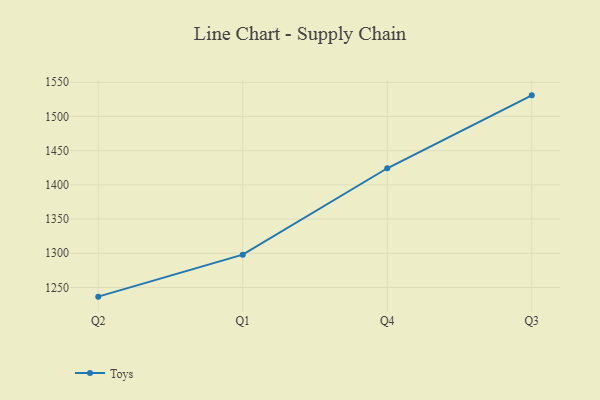
{"axis": {"x": "Quarter", "y": "Revenue (USD Million)"}, "legend": ["Toys"], "data": [{"x": "Q2", "y": 1236.6, "type": "Toys"}, {"x": "Q1", "y": 1298.0, "type": "Toys"}, {"x": "Q4", "y": 1424.3, "type": "Toys"}, {"x": "Q3", "y": 1530.9, "type": "Toys"}]}